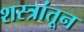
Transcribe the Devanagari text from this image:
शस्त्रांतून